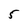
Character: 5